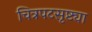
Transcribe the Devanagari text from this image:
चित्रपटसृष्ट्या